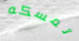
تمسكه